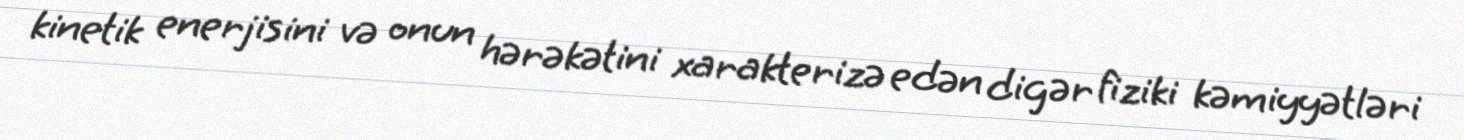
kinetik enerjisini və onun hərəkətini xarakterizə edən digər fiziki kəmiyyətləri